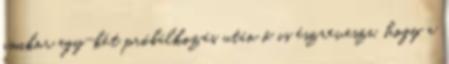
amikor egy-két próbálkozás után ő is észreveszi, hogy a